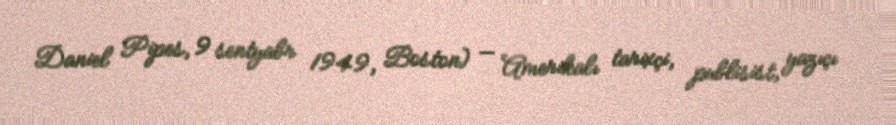
Daniel Pipes, 9 sentyabr 1949, Boston) — Amerikalı tarixçi, publisist, yazıçı